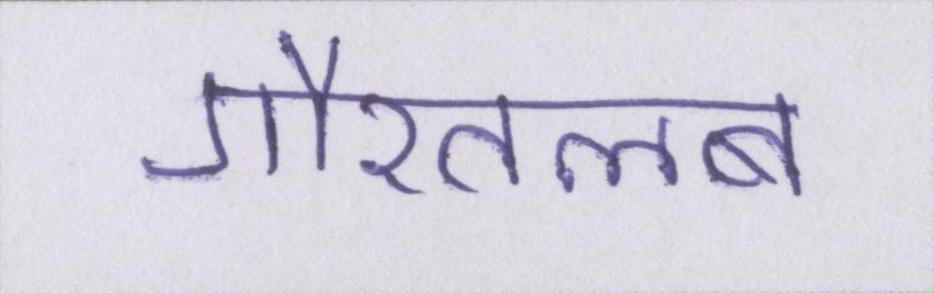
गौरतलब